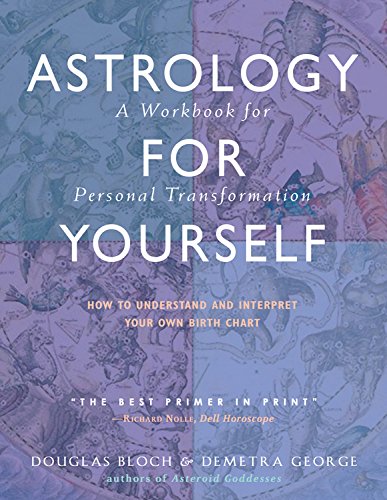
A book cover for Astrology for Yourself: How to Understand And Interpret Your Own Birth Chart; Demetra George; Religion & Spirituality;